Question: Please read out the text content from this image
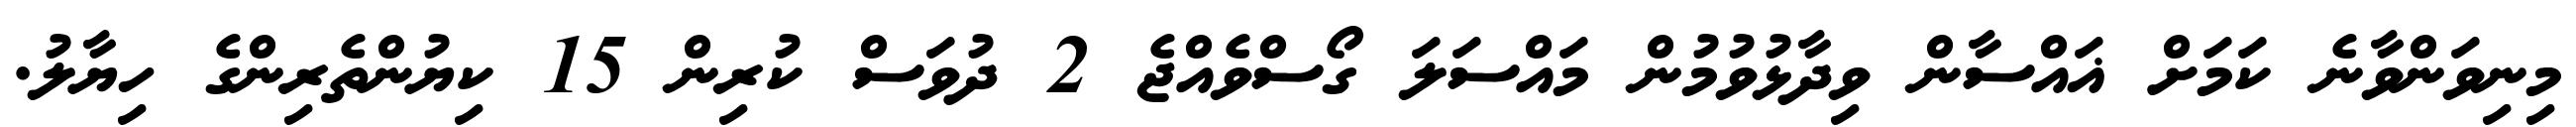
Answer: މިނިވަންވާނެ ކަމަށް ޣައްސާން ވިދާޅުވުމުން މައްސަލަ ގޯސްވެއްޖެ 2 ދުވަސް ކުރިން 15 ކިޔުންތެރިންގެ ހިޔާލު.